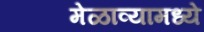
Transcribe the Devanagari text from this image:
मेळाव्यामध्ये